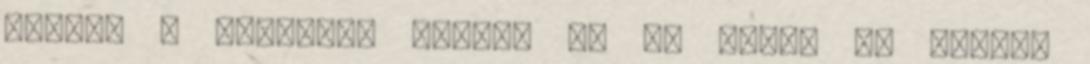
vagyok a lekopott festék na az főleg én vagyok